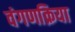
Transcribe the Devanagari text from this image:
वंगणक्रिया